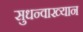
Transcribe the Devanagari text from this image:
सुधन्वाख्यान